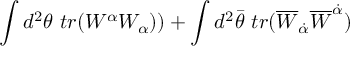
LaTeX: \int d ^ { 2 } \theta ~ t r ( W ^ { \alpha } W _ { \alpha } ) ) + \int d ^ { 2 } \bar { \theta } ~ t r ( \overline { { { W } } } _ { \dot { \alpha } } \overline { { { W } } } ^ { \dot { \alpha } } )